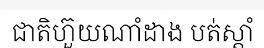
ជាតិហ៊ួយណាំដាង បត់ស្តាំ